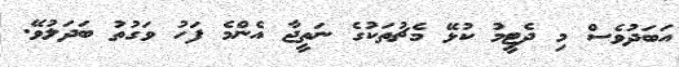
އަބަދުވެސް މި ދެޓީމު ކުޅޭ މެޗުތަކުގެ ނަތީޖާ އެންމެ ފަހު ވަގުތު ބަދަލުވޭ.